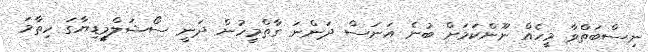
ނިސްބަތްވާ މީހެއް ނޫންކަމަށް ބުނެ އަނަސް ދަންނަ ގާތްމީހުން ދަނީ ސޯޝަލްމީޑިޔާގަ ހިތާމަ